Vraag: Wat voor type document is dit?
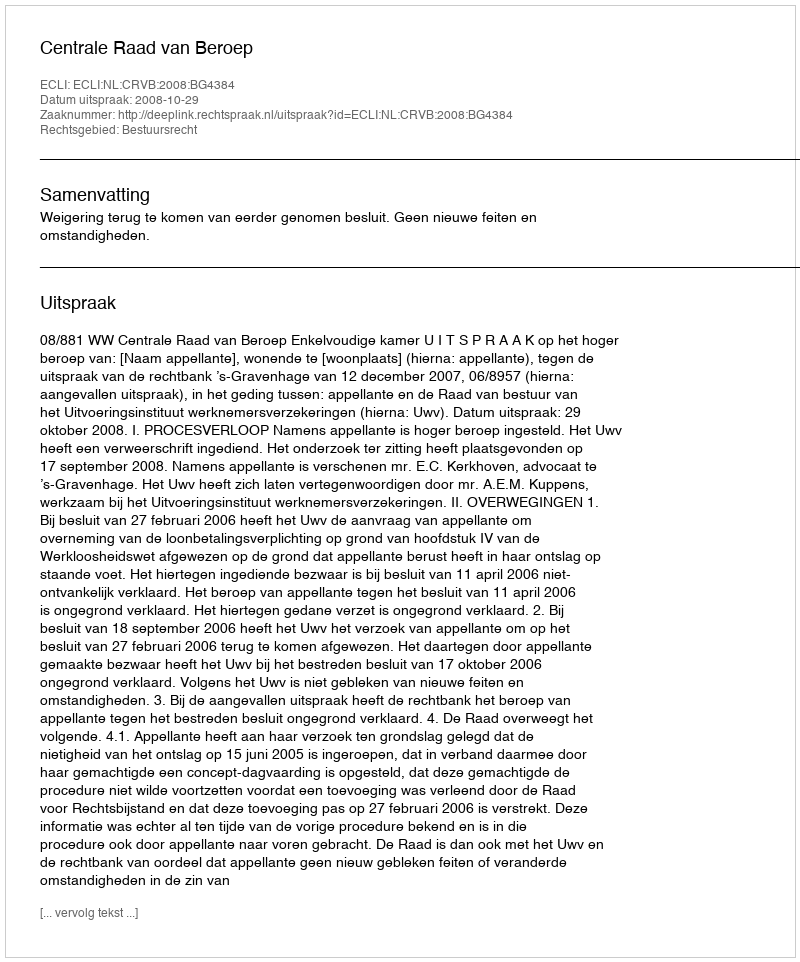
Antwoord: Uitspraak